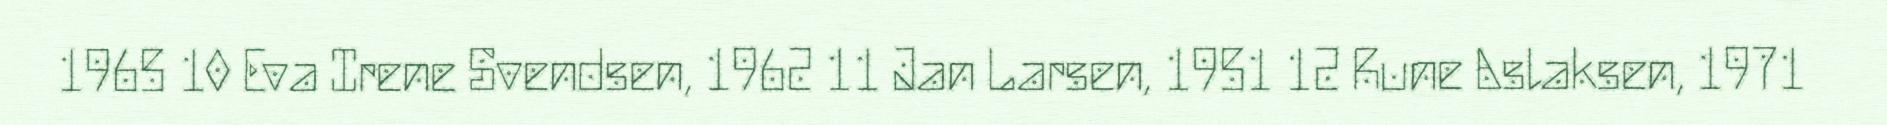
1965 10 Eva Irene Svendsen, 1962 11 Jan Larsen, 1951 12 Rune Aslaksen, 1971